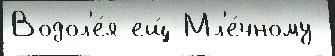
Водол'е́я ещ́ Мл'е́чному